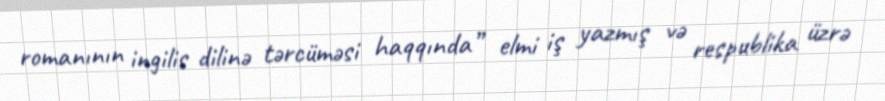
romanının ingilis dilinə tərcüməsi haqqında” elmi iş yazmış və respublika üzrə